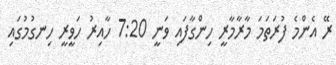
ރޭ އެންމެ ފުރަތަމަ މާރާމާރީ ހިންގާފައި ވަނީ 7:20 ހާއިރު ހަވީރީ ހިނގުމުގައި